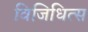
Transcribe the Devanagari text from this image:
विजिधित्स